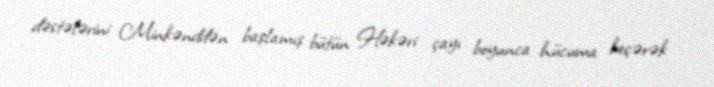
dəstələrini Minkənddən başlamış bütün Həkəri çayı boyunca hücuma keçərək